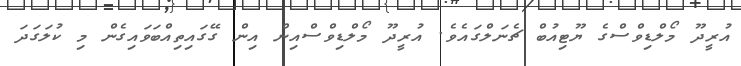
އުރީދޫ މޯލްޑިވްސްގެ ޔޫޓިއުބް ޗެނަލްގައެވެ. އުރީދޫ މޯލްޑިވްސްއިން އިން ގޭގައިތިއްބަވައިގެން މި ކުލަގަދަ